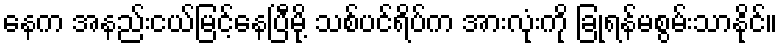
နေက အနည်းငယ်မြင့်နေပြီမို့ သစ်ပင်ရိပ်က အားလုံးကို ခြုံရန်မစွမ်းသာနိုင်။